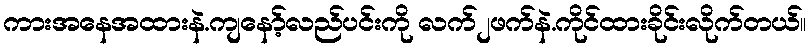
ကားအနေအထားနဲ.ကျနော့်လည်ပင်းကို လက်၂ဖက်နဲ.ကိုင်ထားခိုင်းလိုက်တယ်။